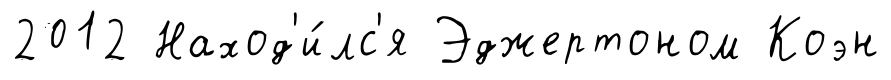
2012 Наход'и́лс'я Эджертоном Коэн